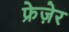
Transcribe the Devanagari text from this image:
फ्रेज़ेर